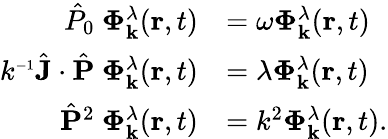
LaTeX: \begin{array}{rl}{\hat{P}_{0}~\boldsymbol{\Phi}_{\mathbf{k}}^{\lambda}(\mathbf{r},t)}&{=\omega\boldsymbol{\Phi}_{\mathbf{k}}^{\lambda}(\mathbf{r},t)}\\ {k^{\scriptscriptstyle{-1}}\hat{\mathbf{J}}\cdot\hat{\mathbf{P}}~\boldsymbol{\Phi}_{\mathbf{k}}^{\lambda}(\mathbf{r},t)}&{=\lambda\boldsymbol{\Phi}_{\mathbf{k}}^{\lambda}(\mathbf{r},t)}\\ {\hat{\mathbf{P}}^{2}~\boldsymbol{\Phi}_{\mathbf{k}}^{\lambda}(\mathbf{r},t)}&{=k^{2}\boldsymbol{\Phi}_{\mathbf{k}}^{\lambda}(\mathbf{r},t).}\end{array}